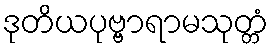
ဒုတိယပုဗ္ဗာရာမသုတ္တံ